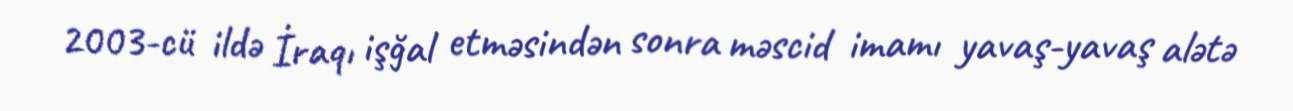
2003-cü ildə İraqı işğal etməsindən sonra məscid imamı yavaş-yavaş alətə